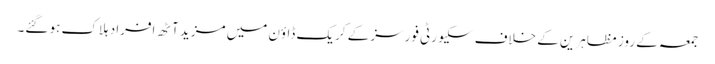
جمعہ کے روز مظاہرین کے خلاف سکیورٹی فورسز کے کریک ڈاؤن میں مزید آٹھ افراد ہلاک ہو گئے۔